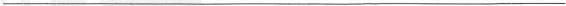
___